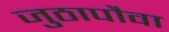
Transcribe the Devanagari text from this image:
जुठापौवा